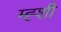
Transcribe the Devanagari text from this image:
म्ह्शी